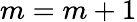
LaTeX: m=m+1